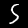
Digit: 5